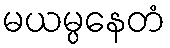
မယမ္ပနေတံ